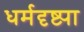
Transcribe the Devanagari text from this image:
धर्मदृष्ट्या